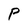
Character: P